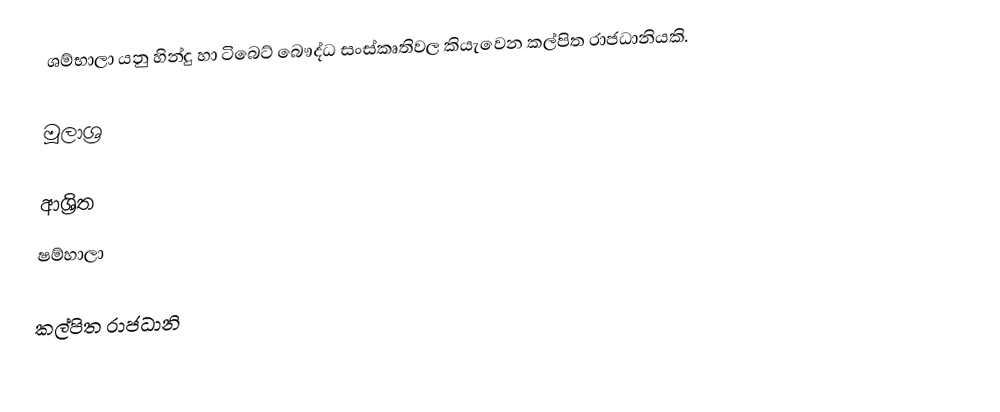
ශම්භාලා යනු හින්දු හා ටිබෙට් බෞද්ධ සංස්කෘතිවල කියැවෙන කල්පිත රාජධානියකි.

මූලාශ්‍ර

ආශ්‍රිත
 ෂම්හාලා

කල්පිත රාජධානි